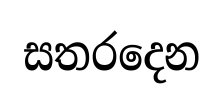
සතරදෙන